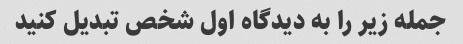
جمله زیر را به دیدگاه اول شخص تبدیل کنید